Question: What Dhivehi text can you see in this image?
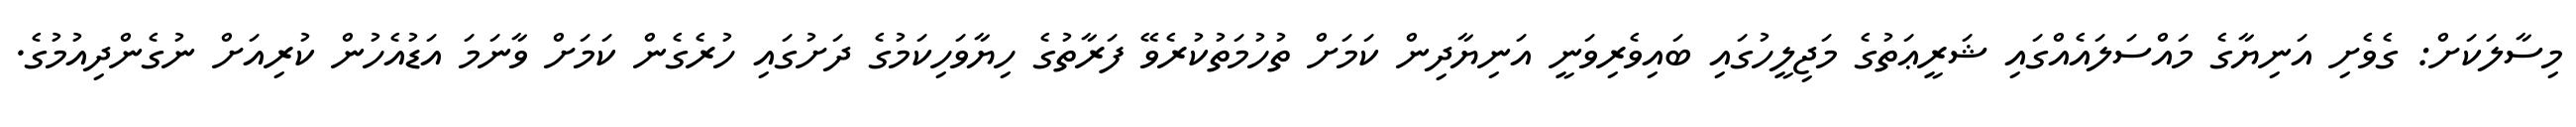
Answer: މިސާލަކަށް: ގެވެށި އަނިޔާގެ މައްސަލައެއްގައި ޝަރީޢަތުގެ މަޖިލީހުގައި ބައިވެރިވަނީ އަނިޔާދިން ކަމަށް ތުހުމަތުކުރެވޭ ފަރާތުގެ ހިޔާވަހިކަމުގެ ދަށުގައި ހުރެގެން ކަމަށް ވާނަމަ އަޑުއެހުން ކުރިއަށް ނުގެންދިއުމުގެ.